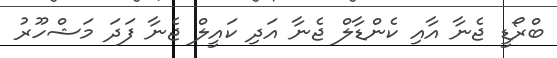
ބްރޯޑީ ޖެނާ އާއި ކެންޑާލް ޖެނާ އަދި ކައީލް ޖެނާ ފަދަ މަޝްހޫރު